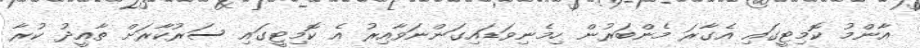
އާންމު ކޮމިޓީގައި އެގާރަ މެންބަރުން ހިމެނިވަޑައިގަންނަވާއިރު އެ ކޮމިޓީގައި ސަރުކާރަށް ތާއީދު ކުރާ